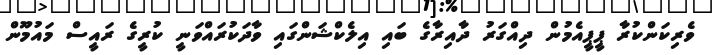
ވެރިކަންކުރާ ޕީޕީއެމުން ދިއްގަރު ދާއިރާގެ ބައި އިލެކްޝަންގައި ވާދަކުރައްވަނީ ކުރީގެ ރައީސް މައުމޫން